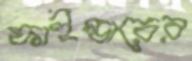
ফাইন্ডারের